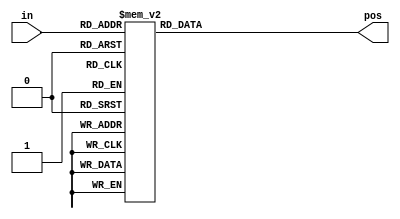
// Priority Encoder
// For example, a 8-bit priority encoder given the input 8'b10010000 would output 3'd4, because bit[4] is first bit that is high.
// synthesis verilog_input_version verilog_2001
module top_module (
    input [3:0] in,
    output reg [1:0] pos  );

    always @(*) begin
        case (in)
            4'd1: pos = 2'd0;
            4'd2: pos = 2'd1;
            4'd3: pos = 2'd0;
            4'd4: pos = 2'd2;
            4'd5: pos = 2'd0;
            4'd6: pos = 2'd1;
            4'd7: pos = 2'd0;
            4'd8: pos = 2'd3;
            4'd9: pos = 2'd0;
            4'd10: pos = 2'd1;
            4'd11: pos = 2'd0;
            4'd12: pos = 2'd2;
            4'd13: pos = 2'd0;
            4'd14: pos = 2'd1;
            4'd15: pos = 2'd0;
            default: pos = 2'd0;
        endcase
    end
    
endmodule